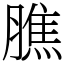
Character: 膲